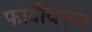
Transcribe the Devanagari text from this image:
फांदीवरून